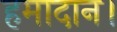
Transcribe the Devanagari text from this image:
हमादान।